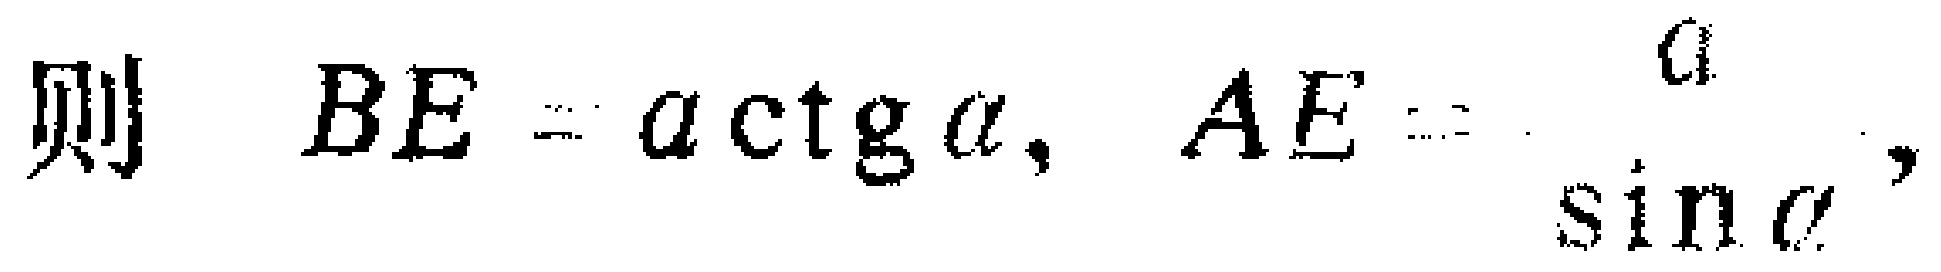
则 \(BE = a\mathrm{ctg}\alpha, AE = \frac{a}{\sin\alpha},\)